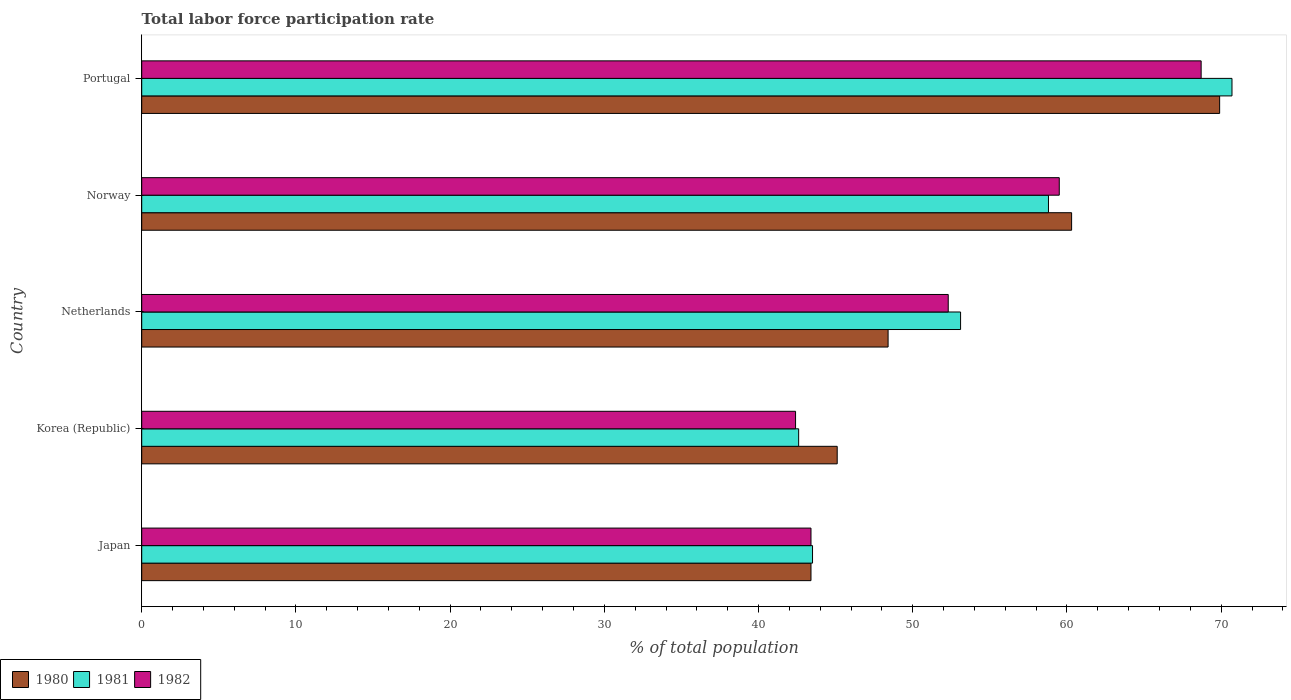
| Country | 1980 | 1981 | 1982 |
 | --- | --- | --- | --- |
 | Japan | 43.4 | 43.5 | 43.4 |
 | Korea (Republic) | 45.1 | 42.6 | 42.4 |
 | Netherlands | 48.4 | 53.1 | 52.3 |
 | Norway | 60.3 | 58.8 | 59.5 |
 | Portugal | 69.9 | 70.7 | 68.7 |